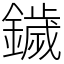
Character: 鐬